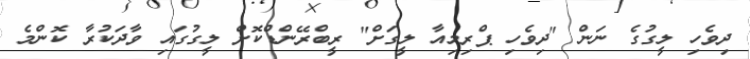
ދިވެހި ލީގުގެ ނަން "ދިވެހި ޕްރިމިއާ ލީގަށް" ރީބްރޭންޑްކޮށް ލީގުގައި ވާދަކުރާ ކޮންމެ